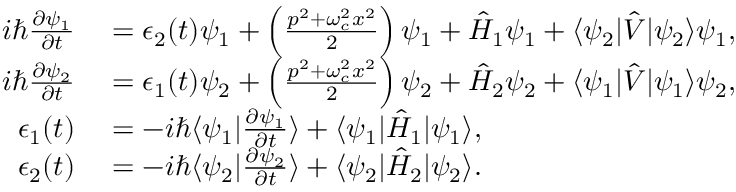
\begin{array} { r l } { i \hbar \frac { \partial \psi _ { 1 } } { \partial t } } & { { } = \epsilon _ { 2 } ( t ) \psi _ { 1 } + \left( \frac { p ^ { 2 } + \omega _ { c } ^ { 2 } x ^ { 2 } } { 2 } \right) \psi _ { 1 } + \hat { H } _ { 1 } \psi _ { 1 } + \langle \psi _ { 2 } | \hat { V } | \psi _ { 2 } \rangle \psi _ { 1 } , } \\ { i \hbar \frac { \partial \psi _ { 2 } } { \partial t } } & { { } = \epsilon _ { 1 } ( t ) \psi _ { 2 } + \left( \frac { p ^ { 2 } + \omega _ { c } ^ { 2 } x ^ { 2 } } { 2 } \right) \psi _ { 2 } + \hat { H } _ { 2 } \psi _ { 2 } + \langle \psi _ { 1 } | \hat { V } | \psi _ { 1 } \rangle \psi _ { 2 } , } \\ { \epsilon _ { 1 } ( t ) } & { { } = - i \hbar \langle \psi _ { 1 } | \frac { \partial \psi _ { 1 } } { \partial t } \rangle + \langle \psi _ { 1 } | \hat { H } _ { 1 } | \psi _ { 1 } \rangle , } \\ { \epsilon _ { 2 } ( t ) } & { { } = - i \hbar \langle \psi _ { 2 } | \frac { \partial \psi _ { 2 } } { \partial t } \rangle + \langle \psi _ { 2 } | \hat { H } _ { 2 } | \psi _ { 2 } \rangle . } \end{array}